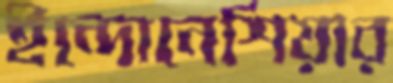
ইন্দোনেশিয়ার